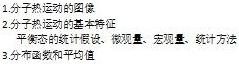
1. 分子热运动的图像
   - 平衡态的统计特征
2. 平衡态的基本假设
   - 平衡态的统计假设、微观量、宏观量、统计方法